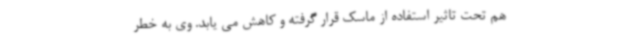
هم تحت تاثیر استفاده از ماسک قرار گرفته و کاهش می یابد. وی به خطر